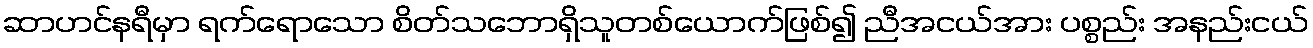
ဆာဟင်နရီမှာ ရက်ရောသော စိတ်သဘောရှိသူတစ်ယောက်ဖြစ်၍ ညီအငယ်အား ပစ္စည်း အနည်းငယ်